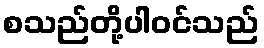
စသည်တို့ပါဝင်သည်